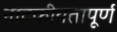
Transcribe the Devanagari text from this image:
नाटकीयतापूर्ण